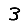
Digit: 3